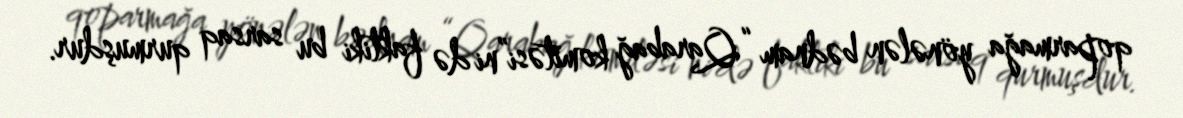
qoparmağa yönələn bədnam “Qarabağ komitəsi”ni də faktiki bu sarsaq qurmuşdur.